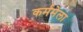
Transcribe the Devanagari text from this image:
कर्ममेला